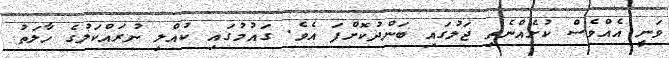
ވަނީ އެއްވެސް ކުށެއްނެތި ޖަލުގައި ބަންދުކޮށްފަ އެވެ. ގައުމުގައި ކުއްލި ނުރައްކަލުގެ ހާލަތު